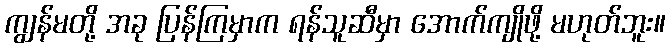
ကျွန်မတို့ အခု ပြန်ကြမှာက ရန်သူဆီမှာ အောက်ကျိုဖို့ မဟုတ်ဘူး။